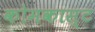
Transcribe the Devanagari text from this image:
कोमकास्ट